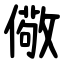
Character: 儆